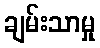
ချမ်းသာမှု